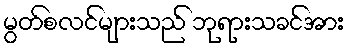
မွတ်စလင်များသည် ဘုရားသခင်အား